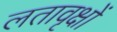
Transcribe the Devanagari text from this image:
लतावृक्षों